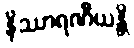
နိဿာရဏီယန္တိ